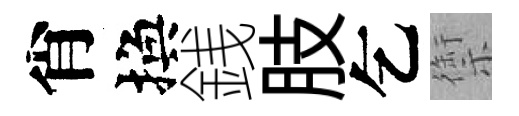
肖換銭肢乞禦